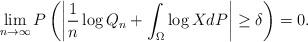
LaTeX: \begin{align*}\lim\limits_{n \to \infty}P\left(\left|\dfrac{1}{n}\log Q_n + \int_{\Omega}\log X dP\right| \geq \delta\right) =0.\end{align*}